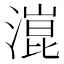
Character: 潉